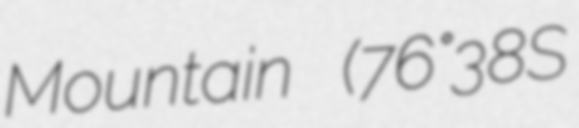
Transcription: Mountain (76°38′S